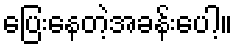
ပြေးနေတဲ့အခန်းပေါ့။